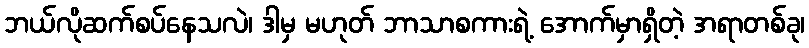
ဘယ်လိုဆက်စပ်နေသလဲ၊ ဒါမှ မဟုတ် ဘာသာစကားရဲ့ အောက်မှာရှိတဲ့ အရာတစ်ခု၊